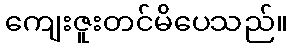
ကျေးဇူးတင်မိပေသည်။